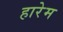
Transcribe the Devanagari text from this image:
हारेम